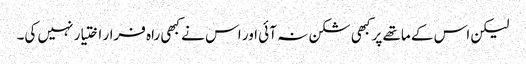
لیکن اس کے ماتھے پر کبھی شکن نہ آئی اور اس نے کبھی راہ فرار اختیار نہیں کی۔